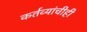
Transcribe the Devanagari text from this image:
कर्तव्यांचीही